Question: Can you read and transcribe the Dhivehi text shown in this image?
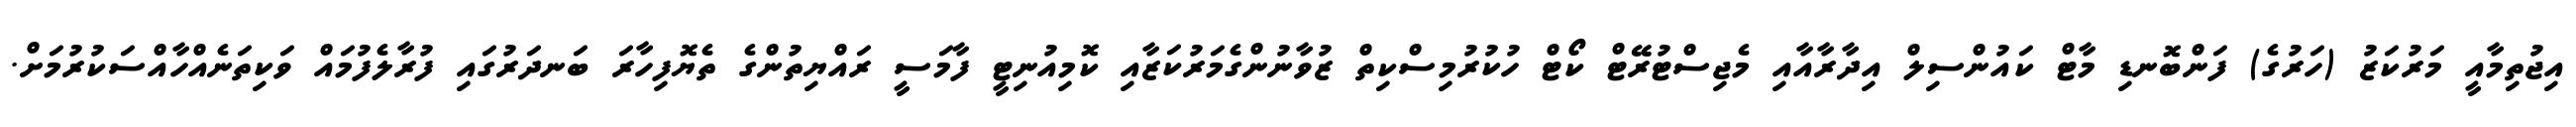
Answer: އިޖުތިމާއީ މަރުކަޒު (ހަރުގެ) ފަންބޮނޑި މާޓް ކައުންސިލް އިދާރާއާއި މެޖިސްޓުރޭޓް ކޯޓް ހުކުރުމިސްކިތް ޒުވާނުންގެމަރުކަޒާއި ކޮމިއުނިޓީ ފާމަސީ ރައްޔިތުންގެ ތެޔޮފިހާރަ ބަނދަރުގައި ފުރާލެފުމައް ވަކިތަނެއްހާއްސަކުރުމަށް.